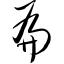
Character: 扁